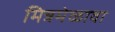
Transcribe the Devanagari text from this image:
मित्रमेळावा